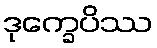
ဒုက္ခေပိဿ